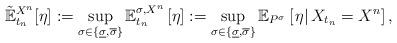
LaTeX: \begin{align*}\mathbb{\tilde{E}}_{t_{n}}^{X^{n}}[\eta]:=\sup \limits_{\sigma \in \left \{\underline{\sigma},\overline{\sigma}\right \} }\mathbb{E}_{t_{n}}^{\sigma,X^{n}}\left[ \eta \right] :=\sup_{\sigma \in \left \{ \underline{\sigma},\overline{\sigma}\right \} }\mathbb{E}_{P^{\sigma}}\left[ \left.\eta \right \vert X_{t_{n}}=X^{n}\right] , \end{align*}